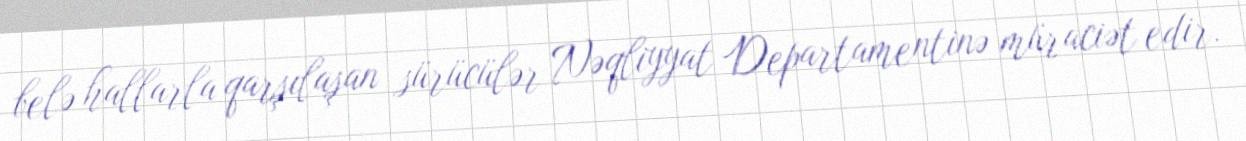
belə hallarla qarşılaşan sürücülər Nəqliyyat Departamentinə müraciət edir.